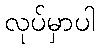
လုပ်မှာပါ